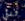
ويلي